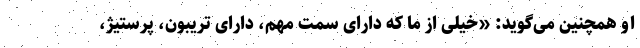
او همچنین می‌گوید: «خیلی از ما که دارای سمت مهم، دارای تریبون، پرستیژ،